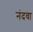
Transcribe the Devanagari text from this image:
नंदवा